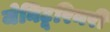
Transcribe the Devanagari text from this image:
जेनिटूरिनरी